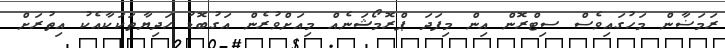
ރަމަޟާން މަހުގައިވެސް ސިޓްރޮން އިން މިފަދަ ޕްރޮމޯޝަނެއް މިއަށްވުރެން އަގުބޮޑު ހަދިޔާތަކަކާއެކު އިތުރަށް